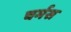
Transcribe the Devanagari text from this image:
चर्मस